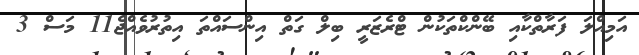
އަމިއްލަ ފަރާތްކާއި ބޭންކްތަކުން ޓްރެޒަރީ ބިލް ގަތް އިންސައްތަ އިތުރުވެއްޖެ11 މަސް 3